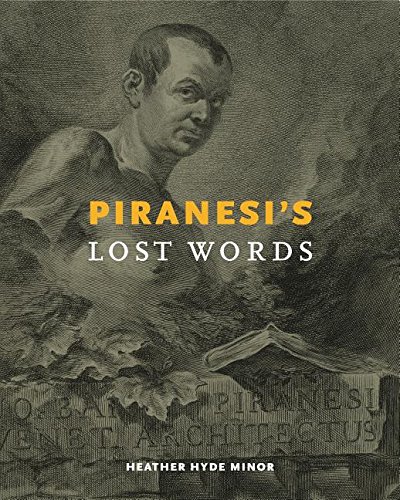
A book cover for Piranesi's Lost Words; Heather Hyde Minor; Arts & Photography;